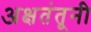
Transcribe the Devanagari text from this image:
अक्षतंतूनी